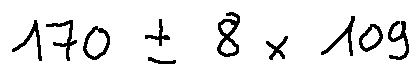
1 7 0 \pm 8 \times 1 0 9